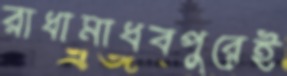
রাধামাধবপুরেই